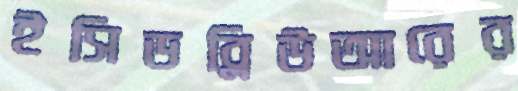
ইসিডব্লিউআরের